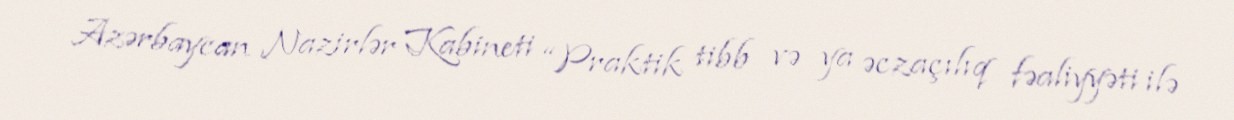
Azərbaycan Nazirlər Kabineti “Praktik tibb və ya əczaçılıq fəaliyyəti ilə